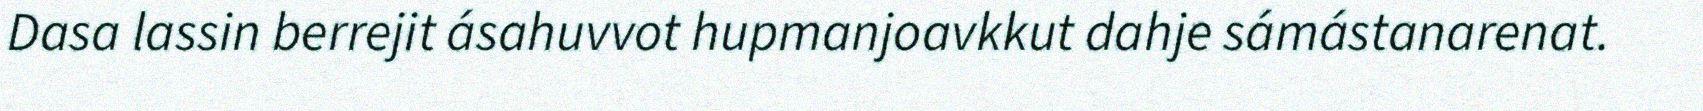
Dasa lassin berrejit ásahuvvot hupmanjoavkkut dahje sámástanarenat.